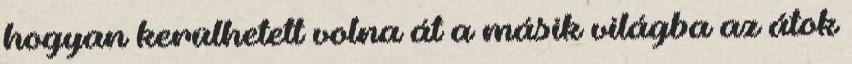
hogyan kerülhetett volna át a másik világba az átok